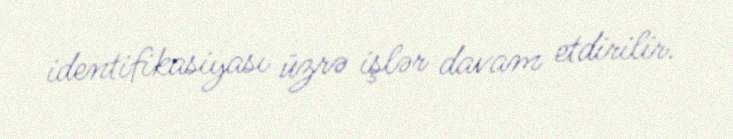
identifikasiyası üzrə işlər davam etdirilir.